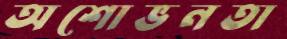
অশোভনতা